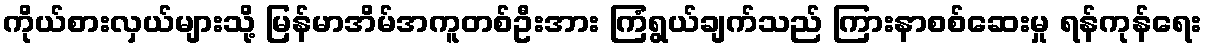
ကိုယ်စားလှယ်များသို့ မြန်မာအိမ်အကူတစ်ဦးအား ကြံရွယ်ချက်သည် ကြားနာစစ်ဆေးမှု ရန်ကုန်ရေး